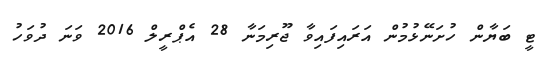
ޓީ ބަޔާން ހުށަނޭޅުމުން އަރައިފައިވާ ޖޫރިމަނާ 28 އެޕްރީލް 2016 ވަނަ ދުވަހު